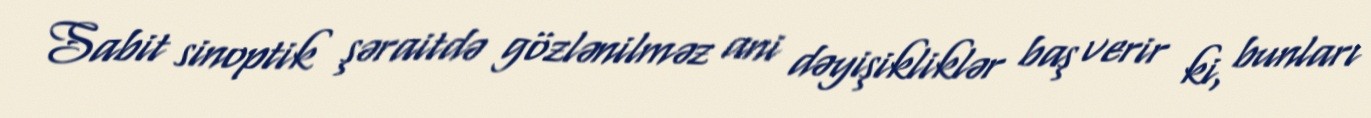
Sabit sinoptik şəraitdə gözlənilməz ani dəyişikliklər baş verir ki, bunları